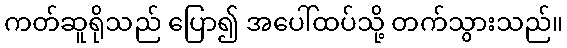
ကတ်ဆူရိုသည် ပြော၍ အပေါ်ထပ်သို့ တက်သွားသည်။